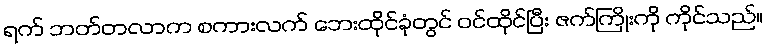
ရက် ဘတ်တလာက စကားလက် ဘေးထိုင်ခုံတွင် ဝင်ထိုင်ပြီး ဇက်ကြိုးကို ကိုင်သည်။